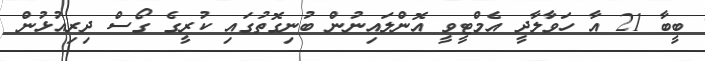
ބީބާ 21 އާ ހަވާލާދީ އެމްޓީވީ އޮންލައިނުން ބުނިގޮތުގައި ކުރީގެ ގޯސް ދިރިއުޅުން